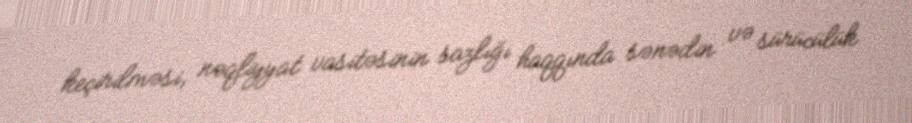
keçirilməsi, nəqliyyat vasitəsinin sazlığı haqqında sənədin və sürücülük